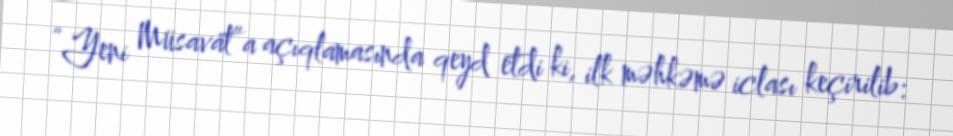
“Yeni Müsavat”a açıqlamasında qeyd etdi ki, ilk məhkəmə iclası keçirilib: